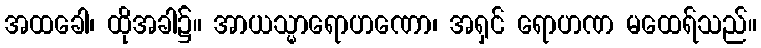
အထခေါ၊ ထိုအခါ၌။ အာယသ္မာရောဟဏော၊ အရှင် ရောဟဏ မထေရ်သည်။